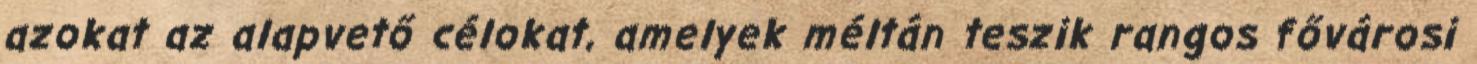
azokat az alapvető célokat, amelyek méltán teszik rangos fővárosi